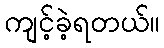
ကျင့်ခဲ့ရတယ်။